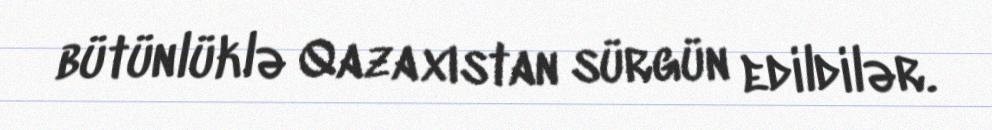
bütünlüklə Qazaxıstan sürgün edildilər.